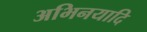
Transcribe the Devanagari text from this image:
अभिनयादि